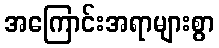
အကြောင်းအရာများစွာ